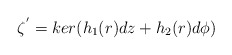
\begin{align*} \zeta^{'}=ker({h_1(r)dz+h_2(r)d\phi})\end{align*}